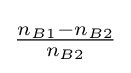
{\tfrac {n_{B1}-n_{B2}}{n_{B2}}}